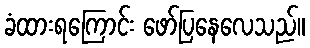
ခံထားရကြောင်း ဖော်ပြနေလေသည်။